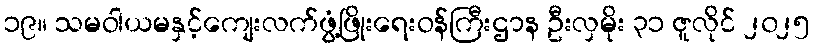
၁၉။ သမဝါယမနှင့်ကျေးလက်ဖွံ့ဖြိုးရေးဝန်ကြီးဌာန ဦးလှမိုး ၃၁ ဇူလိုင် ၂၀၂၅